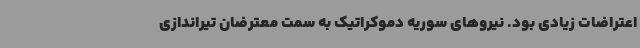
اعتراضات زیادی بود. نیروهای سوریه دموکراتیک به سمت معترضان تیراندازی